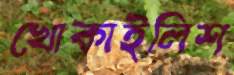
খোকাইলিশ